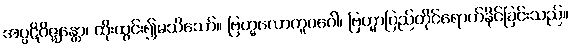
အပ္ပဋိဝိဇ္ဈန္တော၊ ထိုးထွင်း၍မသိသော်။ ဗြဟ္မလောကူပဂေါ၊ ဗြဟ္မာပြည်တိုင်ရောက်နိုင်ခြင်းသည်။